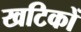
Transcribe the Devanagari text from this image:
खटिकों